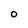
Character: O